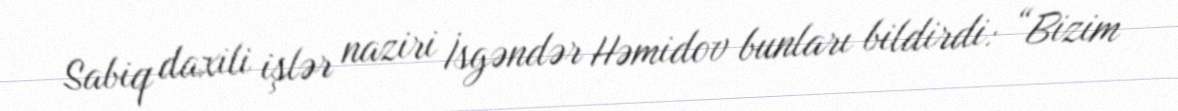
Sabiq daxili işlər naziri İsgəndər Həmidov bunları bildirdi: “Bizim